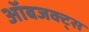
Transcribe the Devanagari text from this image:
ऑबजक्ट्स